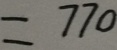
= 7 7 0